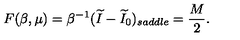
F ( \beta , \mu ) = \beta ^ { - 1 } ( \widetilde I - \widetilde I _ { 0 } ) _ { s a d d l e } = { \frac { M } { 2 } } .